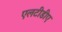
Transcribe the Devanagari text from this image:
एलटीडीए